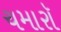
ચમારૉ